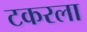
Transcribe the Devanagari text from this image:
टकरला